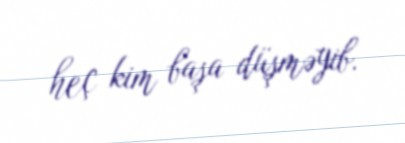
heç kim başa düşməyib.